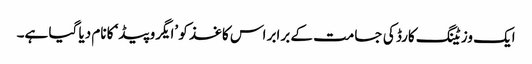
ایک وزیٹنگ کارڈ کی جسامت کے برابر اس کاغذ کو ’ایگروپیڈ‘ کا نام دیا گیا ہے۔